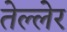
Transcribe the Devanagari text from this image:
तेल्लेर